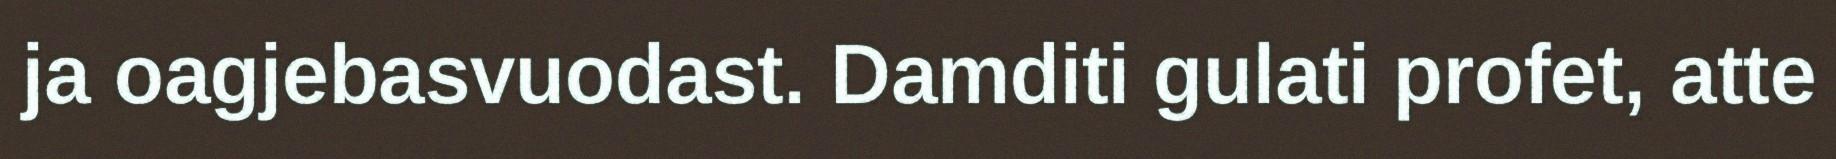
ja oagjebasvuodast. Damditi gulati profet, atte